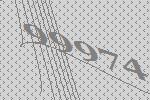
99974